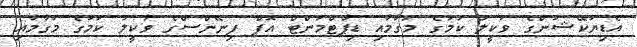
އެޑިޔުކޭޝަންގެ ވަކީލު ކަމުގެ މަގާމާއި ޑިޕާޓްމަންޓް އޮފް ފިނޭންސްގެ ވަކީލު ކަމުގެ މަގާމާއި